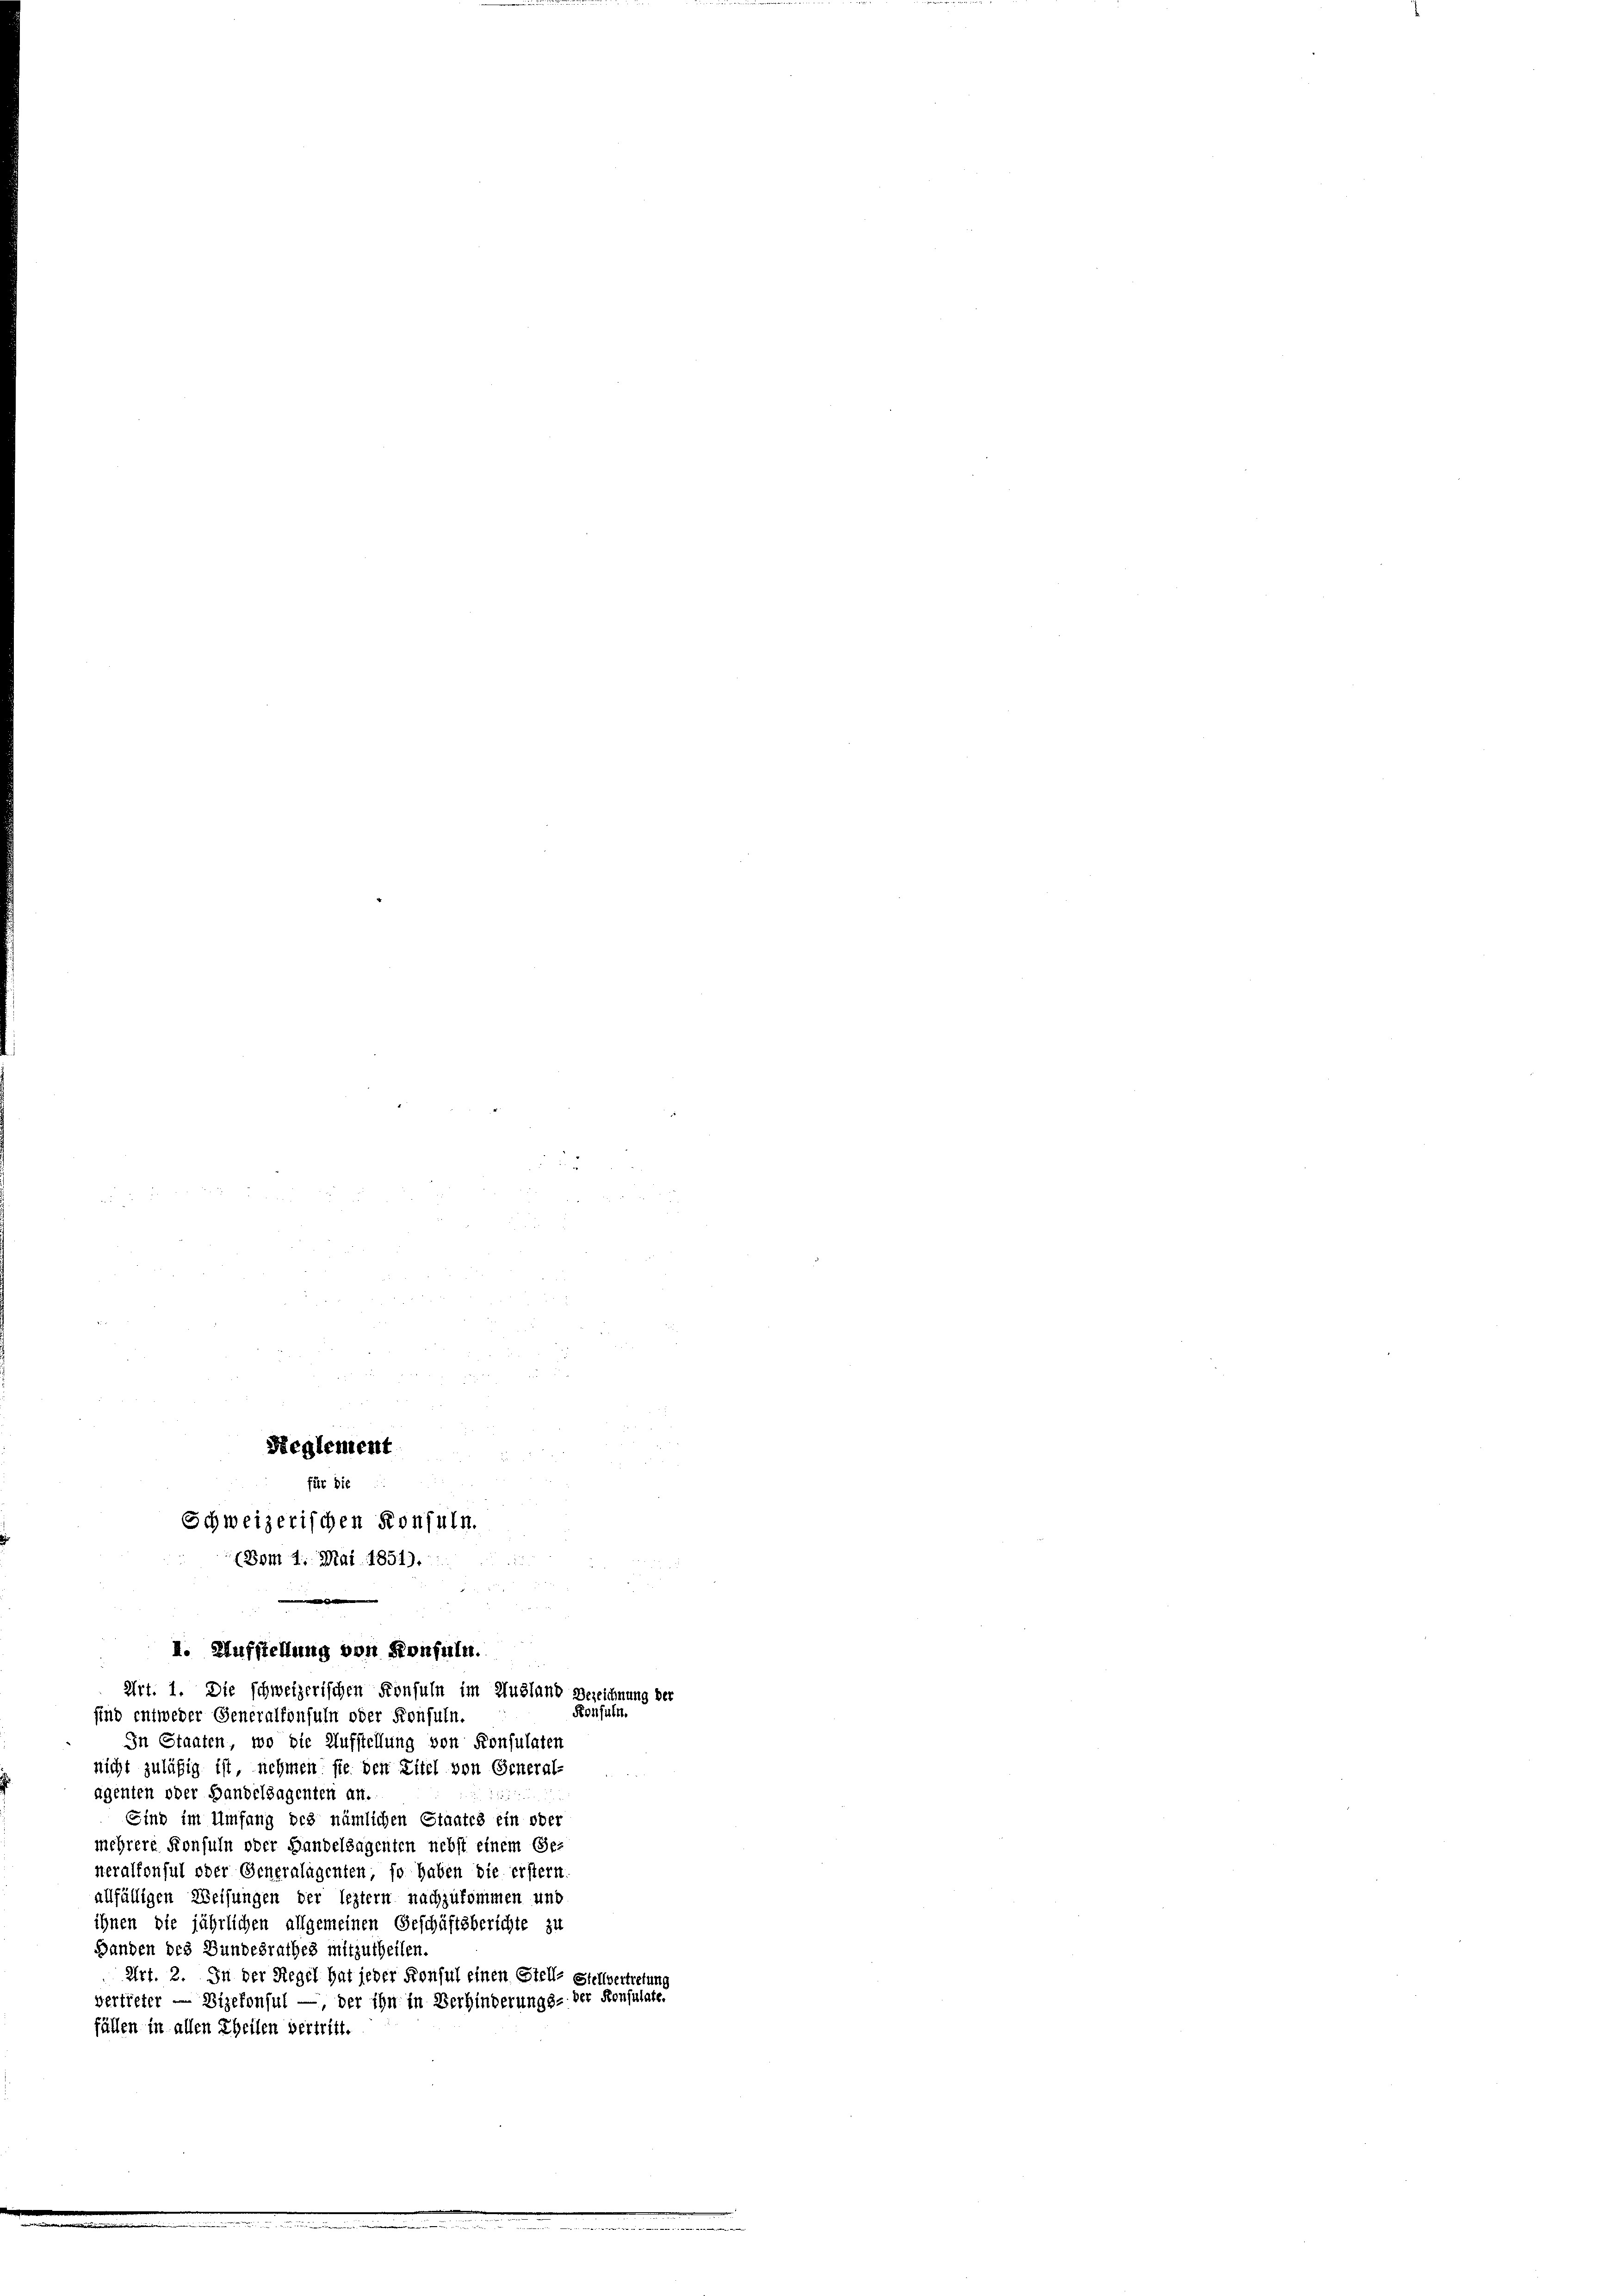
Reglement
d
für die
Schweizerischen Konsuln.
(Vom 1. Mai 1851).
d
I. Aufstellung von Konfuln.
Art. 1. Die schweizerischen Konsuln im Ausland Bezeichnung der

Konsuln.
sind entweder Generalkonsuln oder Konfuln.
In Staaten, wo die Aufstellung von Konsulaten
nicht zuläßig ist, nehmen sie den Zitel von General-
agenten oder Handelsagenten an.
2153
Sind im Umfang des nämlichen Staates ein ober
mehrere Konsuln oder Handelsagenten nebst einem Ge-
neralkonsul oder Generalagenten, so haben die erstern
allfälligen Weisungen der leztern nachzukommen und
ihnen die jährlichen allgemeinen Geschäftsberichte zu
Banden des Bundesrathes mitzutheilen.
Art. 2. In der Regel hat jeder Konsul einen Stelle Stellvertretung
vertreter — Vizekonsul —, der ihn in Verhinderungs- der Konsulate.
fällen in allen Theilen vertritt.